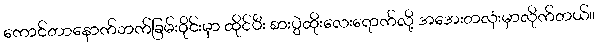
ကောင်တာနောက်ဘက်ခြမ်းဝိုင်းမှာ ထိုင်ပီး စားပွဲထိုးလေးရောက်လို့ အအေးတလုံးမှာလိုက်တယ်။